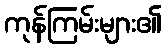
ကုန်ကြမ်းများ၏